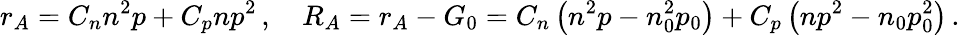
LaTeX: r_{A}=C_{n}n^{2}p+C_{p}np^{2}\, ,\quad R_{A}=r_{A}-G_{0}=C_{n}\left(n^{2}p-n_{0}^{2}p_{0}\right)+C_{p}\left(np^{2}-n_{0}p_{0}^{2}\right)\, .